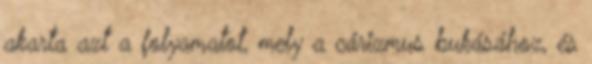
akarta azt a folyamatot, mely a cárizmus bukásához, és